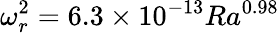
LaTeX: \omega_{r}^{2}=6.3\times 10^{-13}Ra^{0.98}